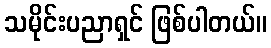
သမိုင်းပညာရှင် ဖြစ်ပါတယ်။